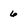
Character: 6